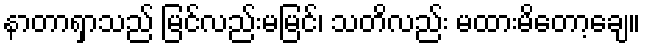
နာတာရှာသည် မြင်လည်းမမြင်၊ သတိလည်း မထားမိတော့ချေ။